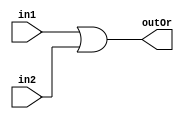
`timescale 1ns / 1ps
//================================================================
//                          Sys On Chip 
// 
// 
// Curso de programacin en lenguaje Verilog
// Ejercicio No. 3
// La puerta lgica OR
// Tarjeta de desarrollo: Nexys A7
// 
// Circuito de una puerta lgica OR
// 
//================================================================


module puertaOr(
    input in1, in2,
    output outOr
    );
    
    assign outOr = in1 | in2;
endmodule